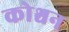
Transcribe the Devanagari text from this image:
कोश्चन